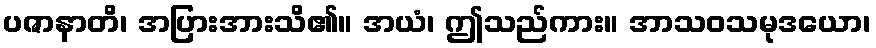
ပဇာနာတိ၊ အပြားအားသိ၏။ အယံ၊ ဤသည်ကား။ အာသဝသမုဒယော၊